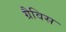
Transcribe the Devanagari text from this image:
ग्रैविस